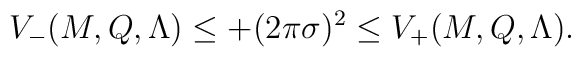
V_-(M,Q,\Lambda) \leq + (2\pi\sigma)^2 \leq V_+(M,Q,\Lambda).